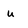
Character: u